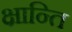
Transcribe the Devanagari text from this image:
क्षान्ति